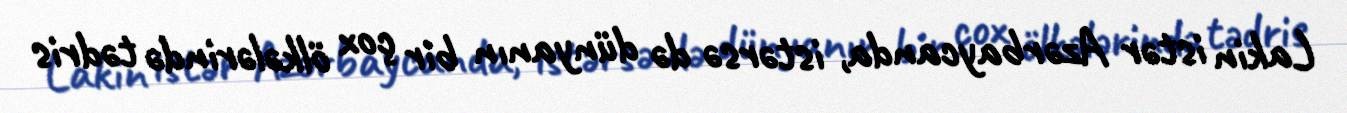
Lakin istər Azərbaycanda, istərsə də dünyanın bir çox ölkələrində tədris